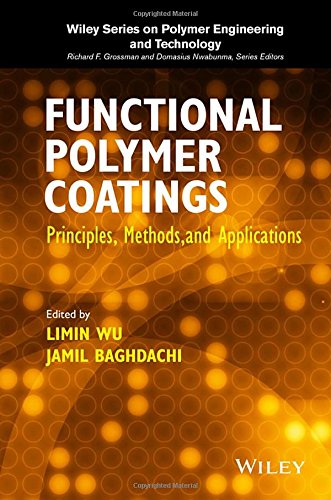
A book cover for Functional Polymer Coatings: Principles, Methods, and Applications (Wiley Series on Polymer Engineering and Technology); Limin Wu; Science & Math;